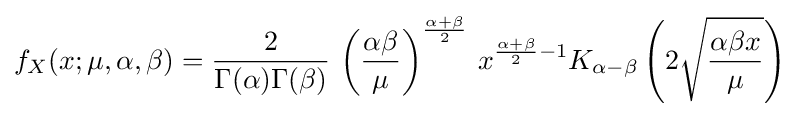
f_{X}(x;\mu ,\alpha ,\beta )={\frac {2}{\Gamma (\alpha )\Gamma (\beta )}}\,\left({\frac {\alpha \beta }{\mu }}\right)^{\frac {\alpha +\beta }{2}}\,x^{{\frac {\alpha +\beta }{2}}-1}K_{\alpha -\beta }\left(2{\sqrt {\frac {\alpha \beta x}{\mu }}}\right)